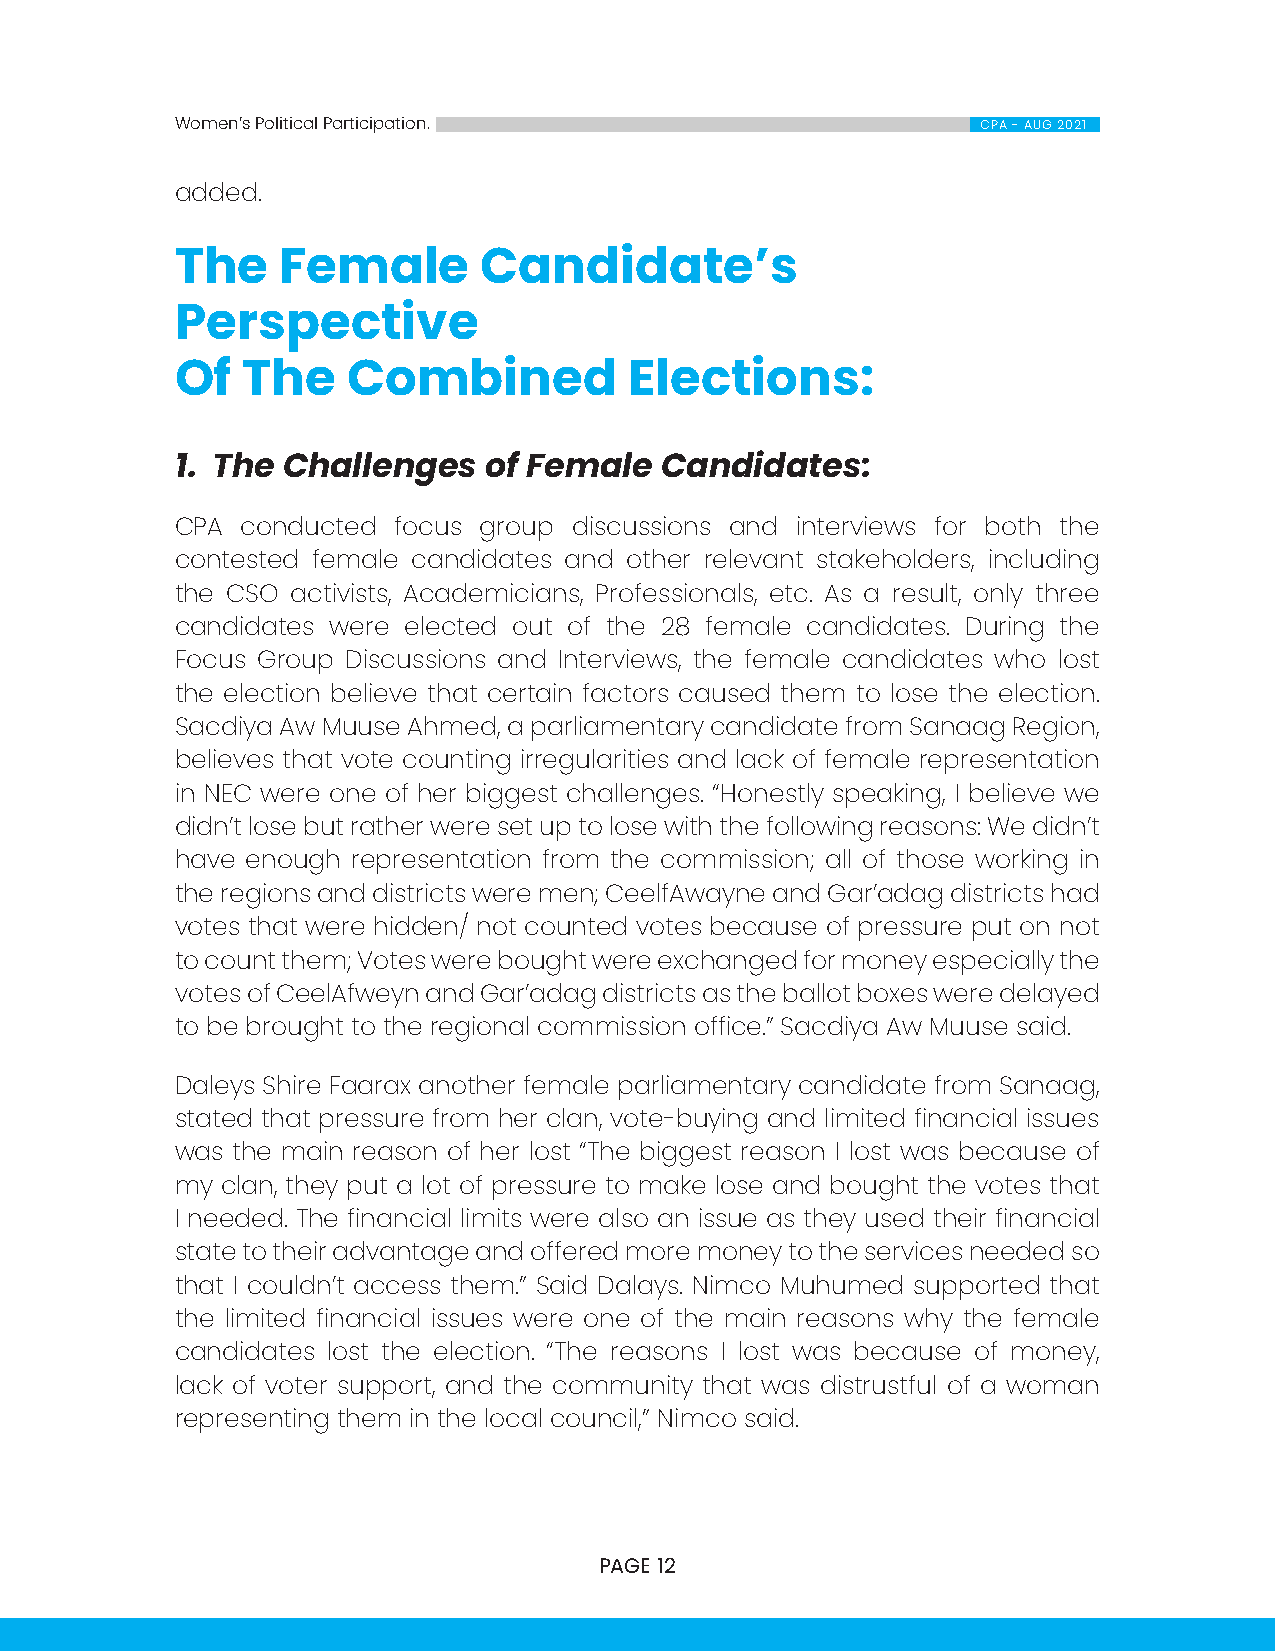
Women’s Political Participation.                     CPA - AUG 2021
 added.
 The    Female       Candidate’s
 Perspective
 Of  The    Combined           Elections:
 1. The Challenges   of Female   Candidates:
 CPA conducted focus group discussions and interviews for both the
 contested female candidates and other relevant stakeholders, including
 the CSO activists, Academicians, Professionals, etc. As a result, only three
 candidates were elected out of the 28 female candidates. During the
 Focus Group Discussions and Interviews, the female candidates who lost
 the election believe that certain factors caused them to lose the election.
 Sacdiya Aw Muuse Ahmed, a parliamentary candidate from Sanaag Region,
 believes that vote counting irregularities and lack of female representation
 in NEC were one of her biggest challenges. “Honestly speaking, I believe we
 didn’t lose but rather were set up to lose with the following reasons: We didn’t
 have enough representation from the commission; all of those working in
 the regions and districts were men; CeelfAwayne and Gar’adag districts had
 votes that were hidden/ not counted votes because of pressure put on not
 to count them; Votes were bought were exchanged for money especially the
 votes of CeelAfweyn and Gar’adag districts as the ballot boxes were delayed
 to be brought to the regional commission office.” Sacdiya Aw Muuse said.
 Daleys Shire Faarax another female parliamentary candidate from Sanaag,
 stated that pressure from her clan, vote-buying and limited financial issues
 was the main reason of her lost “The biggest reason I lost was because of
 my clan, they put a lot of pressure to make lose and bought the votes that
 I needed. The financial limits were also an issue as they used their financial
 state to their advantage and offered more money to the services needed so
 that I couldn’t access them.” Said Dalays. Nimco Muhumed supported that
 the limited financial issues were one of the main reasons why the female
 candidates lost the election. “The reasons I lost was because of money,
 lack of voter support, and the community that was distrustful of a woman
 representing them in the local council,” Nimco said.
 PAGE 12